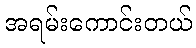
အရမ်းကောင်းတယ်